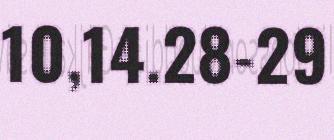
10,14.28-29